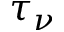
\tau _ { \nu }